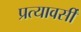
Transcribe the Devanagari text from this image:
प्रत्यावर्सी